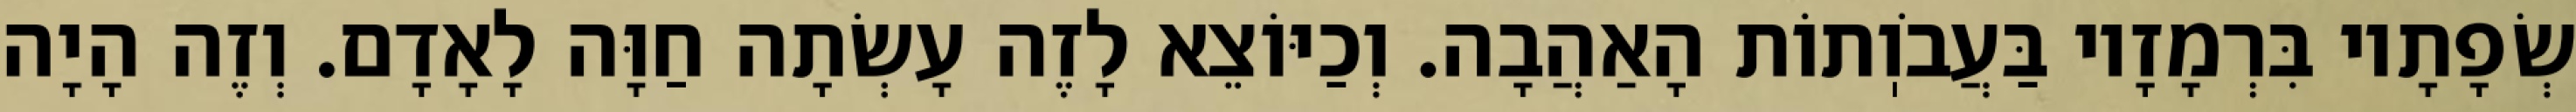
שְׂפָתָיו בִּרְמָזָיו בַּעֲבֹוֽתוֹת הָאַהֲבָה. וְכַיּוֹצֵא לָזֶה עָשְׂתָה חַוָּה לָאָדָם. וְזֶה הָיָה